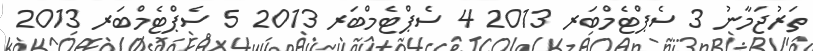
ތަރުޖަމާނު 3 ސެޕްޓެމްބަރ 2013 4 ސެޕްޓެމްބަރ 2013 5 ސެޕްޓެމްބަރ 2013